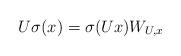
LaTeX: \begin{align*}U\sigma(x)=\sigma(Ux)W_{U,x}\end{align*}